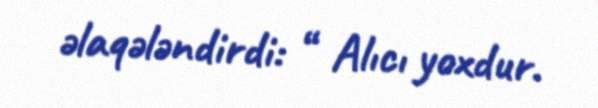
əlaqələndirdi: “ Alıcı yoxdur.